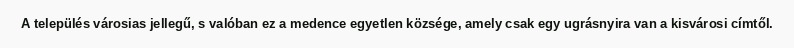
A település városias jellegű, s valóban ez a medence egyetlen községe, amely csak egy ugrásnyira van a kisvárosi címtől.